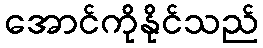
အောင်ကိုနိုင်သည်